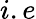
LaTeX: i.e